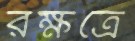
রক্ষত্রে